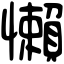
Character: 懶